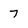
Character: 7